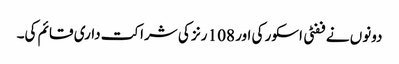
دونوں نے ففٹی اسکور کی اور 108 رنز کی شراکت داری قائم کی۔